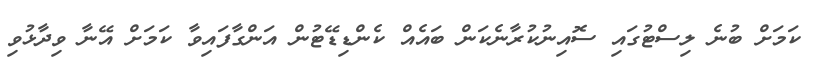
ކަމަށް ބުނެ ލިސްޓުގައި ސޮއިނުކުރާނެކަން ބައެއް ކެންޑިޑޭޓުން އަންގާފައިވާ ކަމަށް އޭނާ ވިދާޅުވި